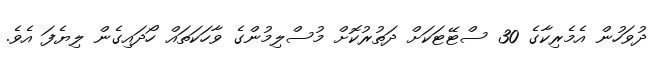
ދުވަހުން އެމެރިކާގެ 30 ސްޓޭޓަކަށް ދަތުރުކޮށް މުސްލިމުންގެ ވާހަކަތައް ހޯދައިގެން ލިޔެފަ އެވެ.